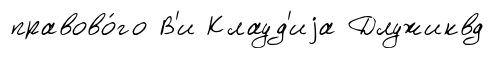
правово́го В'и Клауд'иjа Длужиквд